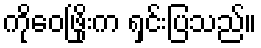
ကိုဝေဖြိုးက ရှင်းပြသည်။